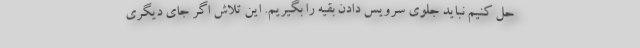
حل کنیم نباید جلوی سرویس دادن بقیه را بگیریم. این تلاش اگر جای دیگری